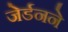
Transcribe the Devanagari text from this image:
जेर्डनने